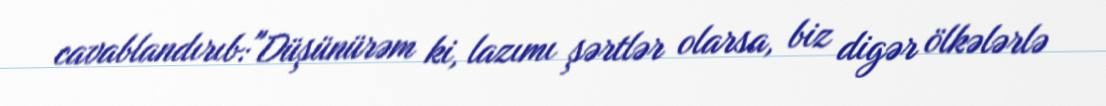
cavablandırıb:"Düşünürəm ki, lazımı şərtlər olarsa, biz digər ölkələrlə